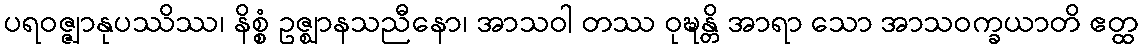
ပရဝဇ္ဇျာနုပဿိဿ၊ နိစ္စံ ဥဇ္ဈာနသညီနော၊ အာသဝါ တဿ ဝုဍ္ဎန္တိ အာရာ သော အာသဝက္ခယာတိ ဧတ္ထ